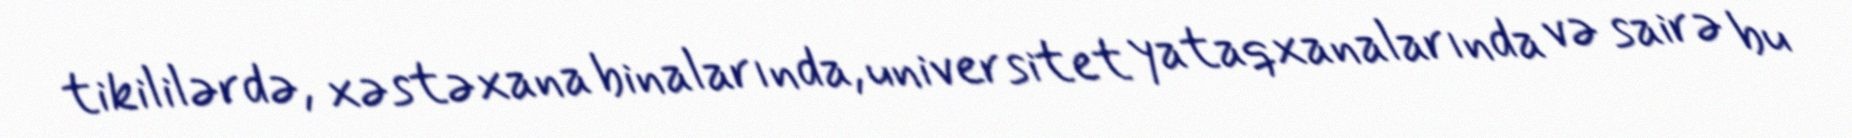
tikililərdə, xəstəxana binalarında, universitet yataqxanalarında və sairə bu